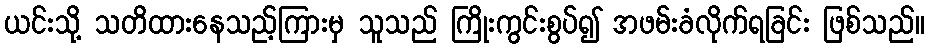
ယင်းသို့ သတိထားနေသည့်ကြားမှ သူသည် ကြိုးကွင်းစွပ်၍ အဖမ်းခံလိုက်ရခြင်း ဖြစ်သည်။